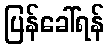
ပြန်ခေါ်ရန်